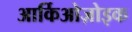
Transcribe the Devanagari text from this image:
आर्किओज़ोइक